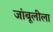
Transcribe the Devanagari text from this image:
जांबूलीला